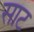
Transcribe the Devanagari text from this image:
साट